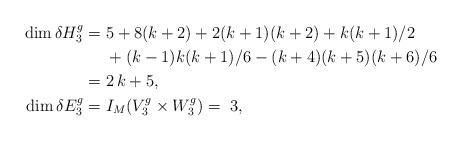
LaTeX: \begin{align*} \dim \delta H_3^g = &\; 5 + 8 (k+2) +2(k+1)(k+2) + k(k+1)/2 \\&\;+ {(k-1)k(k+1)}/{6}- {(k+4)(k+5)(k+6)}/{6}\\ =&\; 2\,k+5,\\ \dim \delta E_3^g = &\; I_M(V_3^g\times W_3^g)=\; 3,\end{align*}